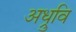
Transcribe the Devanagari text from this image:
अध्रुवि